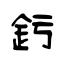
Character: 釫